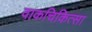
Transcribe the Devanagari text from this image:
वाकचिकित्सा